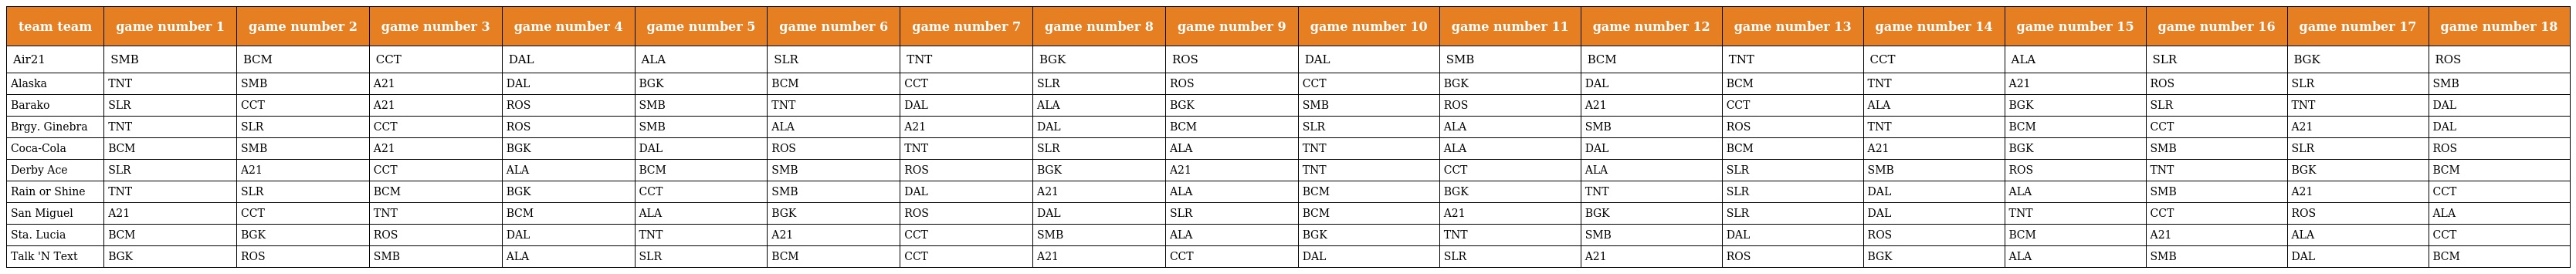
| team team | game number 1 | game number 2 | game number 3 | game number 4 | game number 5 | game number 6 | game number 7 | game number 8 | game number 9 | game number 10 | game number 11 | game number 12 | game number 13 | game number 14 | game number 15 | game number 16 | game number 17 | game number 18 |
 | --- | --- | --- | --- | --- | --- | --- | --- | --- | --- | --- | --- | --- | --- | --- | --- | --- | --- | --- |
 | Air21 | SMB | BCM | CCT | DAL | ALA | SLR | TNT | BGK | ROS | DAL | SMB | BCM | TNT | CCT | ALA | SLR | BGK | ROS |
 | Alaska | TNT | SMB | A21 | DAL | BGK | BCM | CCT | SLR | ROS | CCT | BGK | DAL | BCM | TNT | A21 | ROS | SLR | SMB |
 | Barako | SLR | CCT | A21 | ROS | SMB | TNT | DAL | ALA | BGK | SMB | ROS | A21 | CCT | ALA | BGK | SLR | TNT | DAL |
 | Brgy. Ginebra | TNT | SLR | CCT | ROS | SMB | ALA | A21 | DAL | BCM | SLR | ALA | SMB | ROS | TNT | BCM | CCT | A21 | DAL |
 | Coca-Cola | BCM | SMB | A21 | BGK | DAL | ROS | TNT | SLR | ALA | TNT | ALA | DAL | BCM | A21 | BGK | SMB | SLR | ROS |
 | Derby Ace | SLR | A21 | CCT | ALA | BCM | SMB | ROS | BGK | A21 | TNT | CCT | ALA | SLR | SMB | ROS | TNT | BGK | BCM |
 | Rain or Shine | TNT | SLR | BCM | BGK | CCT | SMB | DAL | A21 | ALA | BCM | BGK | TNT | SLR | DAL | ALA | SMB | A21 | CCT |
 | San Miguel | A21 | CCT | TNT | BCM | ALA | BGK | ROS | DAL | SLR | BCM | A21 | BGK | SLR | DAL | TNT | CCT | ROS | ALA |
 | Sta. Lucia | BCM | BGK | ROS | DAL | TNT | A21 | CCT | SMB | ALA | BGK | TNT | SMB | DAL | ROS | BCM | A21 | ALA | CCT |
 | Talk 'N Text | BGK | ROS | SMB | ALA | SLR | BCM | CCT | A21 | CCT | DAL | SLR | A21 | ROS | BGK | ALA | SMB | DAL | BCM |